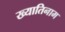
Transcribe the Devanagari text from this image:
ख्यातिनाम